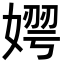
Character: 𡟂